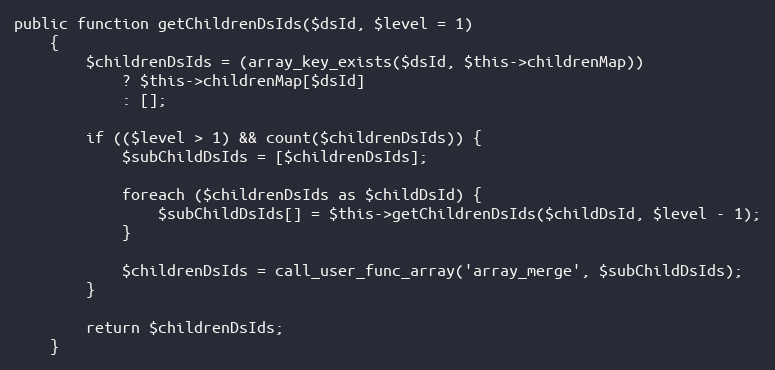
Language: PHP
public function getChildrenDsIds($dsId, $level = 1)
    {
        $childrenDsIds = (array_key_exists($dsId, $this->childrenMap))
            ? $this->childrenMap[$dsId]
            : [];

        if (($level > 1) && count($childrenDsIds)) {
            $subChildDsIds = [$childrenDsIds];

            foreach ($childrenDsIds as $childDsId) {
                $subChildDsIds[] = $this->getChildrenDsIds($childDsId, $level - 1);
            }

            $childrenDsIds = call_user_func_array('array_merge', $subChildDsIds);
        }

        return $childrenDsIds;
    }